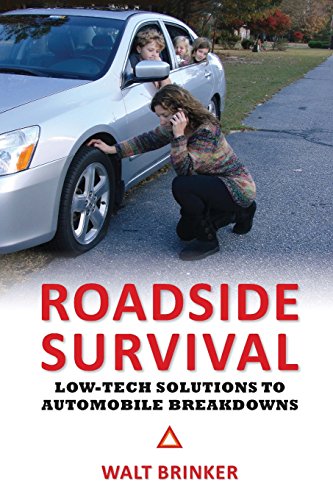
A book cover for Roadside Survival: Low-Tech Solutions to Automobile Breakdowns; Walter Evans Brinker; Test Preparation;